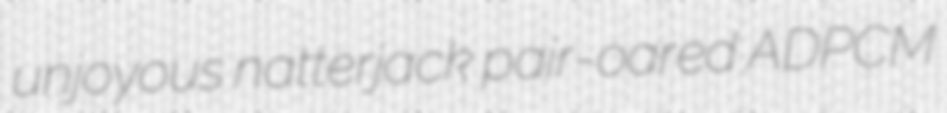
unjoyous natterjack pair-oared ADPCM